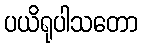
ပယိရုပါသတော